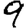
Digit: 9